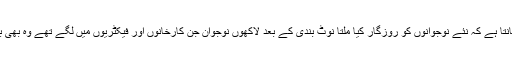
یہ بات پورا ملک جانتا ہے کہ نئے نوجوانوں کو روزگار کیا ملتا نوٹ بندی کے بعد لاکھوں نوجوان جن کارخانوں اور فیکٹریوں میں لگے تھے وہ بھی بے روزگار ہوگئے۔